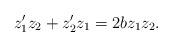
LaTeX: \begin{align*} z_1'z_2+z_2'z_1=2bz_1z_2.\end{align*}